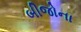
બીજોના